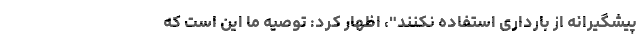
پیشگیرانه از بارداری استفاده نکنند"، اظهار کرد: توصیه ما این است که